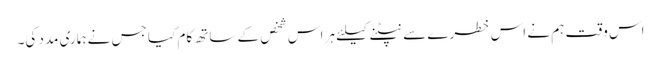
اس وقت ہم نے اس خطرے سے نپٹنے کیلئے ہر اس شخص کے ساتھ کام کیا جس نے ہماری مدد کی۔